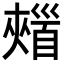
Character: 𩠣